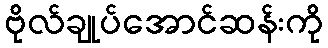
ဗိုလ်ချုပ်အောင်ဆန်းကို